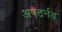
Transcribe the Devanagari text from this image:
अपटर्नड्